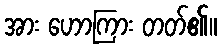
အား ဟောကြား တတ်၏။